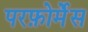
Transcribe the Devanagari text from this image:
परफ़ोर्मेंस